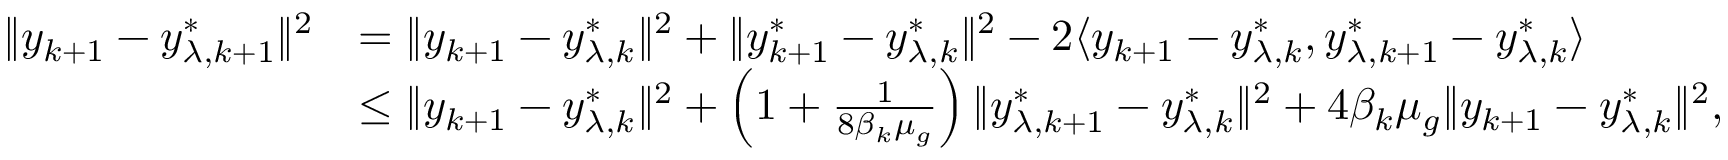
\begin{array} { r l } { \| y _ { k + 1 } - y _ { \lambda , k + 1 } ^ { * } \| ^ { 2 } } & { = \| y _ { k + 1 } - y _ { \lambda , k } ^ { * } \| ^ { 2 } + \| y _ { k + 1 } ^ { * } - y _ { \lambda , k } ^ { * } \| ^ { 2 } - 2 \langle y _ { k + 1 } - y _ { \lambda , k } ^ { * } , y _ { \lambda , k + 1 } ^ { * } - y _ { \lambda , k } ^ { * } \rangle } \\ & { \le \| y _ { k + 1 } - y _ { \lambda , k } ^ { * } \| ^ { 2 } + \left( 1 + \frac { 1 } { 8 \beta _ { k } \mu _ { g } } \right) \| y _ { \lambda , k + 1 } ^ { * } - y _ { \lambda , k } ^ { * } \| ^ { 2 } + 4 \beta _ { k } \mu _ { g } \| y _ { k + 1 } - y _ { \lambda , k } ^ { * } \| ^ { 2 } , } \end{array}